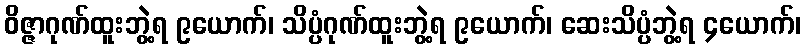
ဝိဇ္ဇာဂုဏ်ထူးဘွဲ့ရ ၉ယောက်၊ သိပ္ပံဂုဏ်ထူးဘွဲ့ရ ၉ယောက်၊ ဆေးသိပ္ပံဘွဲ့ရ ၄ယောက်၊